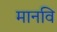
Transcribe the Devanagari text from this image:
मानवि